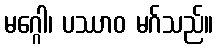
မဂ္ဂေါ၊ ပဿာဝ မဂ်သည်။